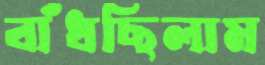
বাঁধছিলাম